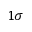
1 \sigma